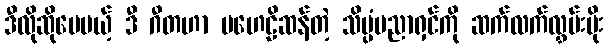
ဒီလိုဆိုပေမယ့် ဒီ ဂီတဟာ ပဟေဠိဆန်တဲ့ သိပ္ပံပညာရှင်ကို ဆက်လက်လွှမ်းမိုး